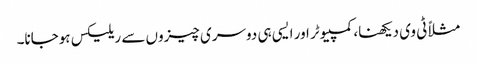
مثلاً ٹی وی دیکھنا، کمپیوٹر اور ایسی ہی دوسری چیزوں سے ریلیکس ہوجانا۔